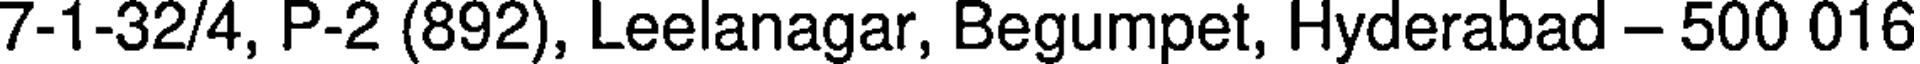
7-1-32/4, P-2 (892), Leelanagar, Begumpet, Hyderabad - 500 016